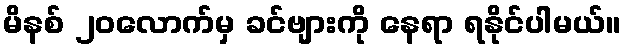
မိနစ် ၂၀လောက်မှ ခင်ဗျားကို နေရာ ရနိုင်ပါမယ်။